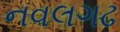
નવલગઢ